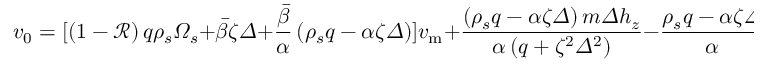
v _ { 0 } = [ \left( 1 - \mathcal { R } \right) q \rho _ { s } \varOmega _ { s } + \bar { \beta } \zeta \varDelta + \frac { \bar { \beta } } { \alpha } \left( \rho _ { s } q - \alpha \zeta \varDelta \right) ] v _ { \mathrm { m } } + \frac { \left( \rho _ { s } q - \alpha \zeta \varDelta \right) m \varDelta h _ { z } } { \alpha \left( q + \zeta ^ { 2 } \varDelta ^ { 2 } \right) } - \frac { \rho _ { s } q - \alpha \zeta \varDelta } { \alpha } v _ { \mathrm { p x } } \sin \frac { x _ { 0 } } { \varDelta }